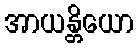
အာယန္တိယော